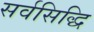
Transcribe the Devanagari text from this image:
सर्वसिद्धि